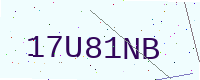
Text: 17U81NB